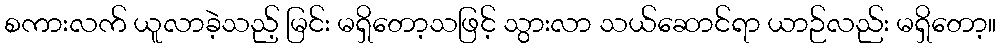
စကားလက် ယူလာခဲ့သည့် မြင်း မရှိတော့သဖြင့် သွားလာ သယ်ဆောင်ရာ ယာဉ်လည်း မရှိတော့။